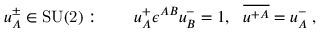
u _ { A } ^ { \pm } \in \mathrm { S U ( 2 ) } : \qquad u _ { A } ^ { + } \epsilon ^ { A B } u _ { B } ^ { - } = 1 , \ \ \overline { { { u ^ { + A } } } } = u _ { A } ^ { - } \; ,